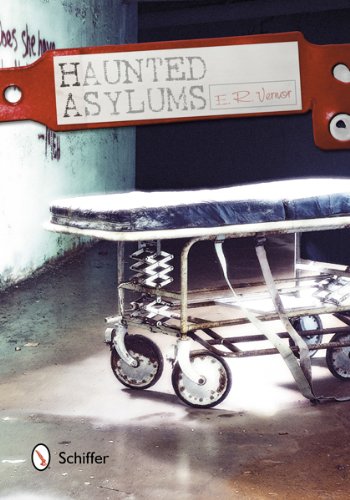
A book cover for Haunted Asylums; E. R. Vernor; Religion & Spirituality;